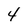
Character: 4